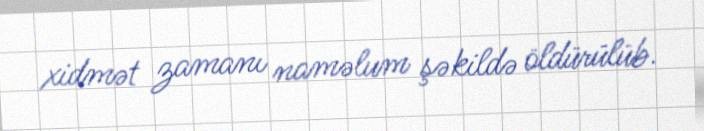
xidmət zamanı naməlum şəkildə öldürülüb.